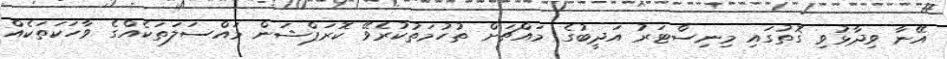
އޭނާ ވިދާޅުވި ގޮތުގައި މިނިސްޓަރު އަދީބުގެ މައްޗަށް ތުހުމަތުކުރެވޭ ކޮރަޕްޝަން މައްސަލަތަކެއްގެ ވާހަކަތަކެއް